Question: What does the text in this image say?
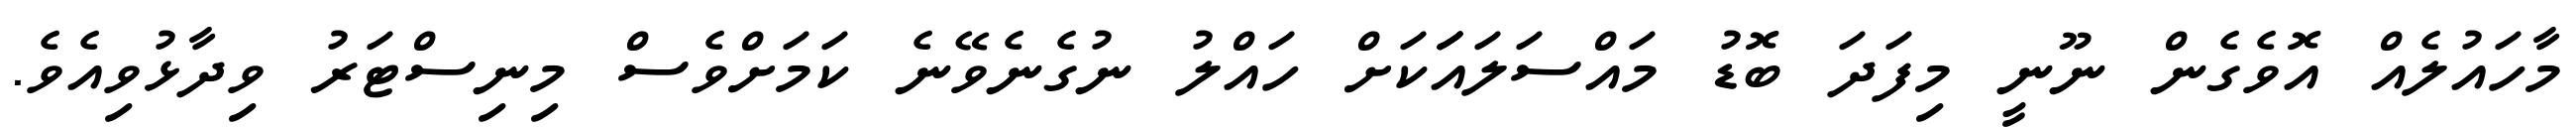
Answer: މާހައުލެއް އޮވެގެން ނޫނީ މިފަދަ ބޮޑު މައްސަލައަަަކަށް ހައްލު ނުގެނެވޭނެ ކަމަށްވެސް މިނިސްޓަރު ވިދާޅުވިއެވެ.